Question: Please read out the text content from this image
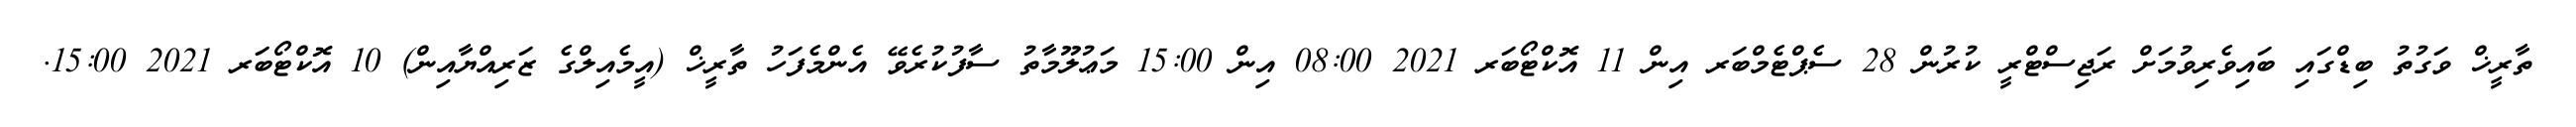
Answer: ތާރީޚް ވަގުތު ބިޑްގައި ބައިވެރިވުމަށް ރަޖިސްޓްރީ ކުރުން 28 ސެޕްޓެމްބަރ އިން 11 އޮކްޓޯބަރ 2021 08:00 އިން 15:00 މަޢުލޫމާތު ސާފުކުރެވޭ އެންމެފަހު ތާރީޚް (އީމެއިލްގެ ޒަރިއްޔާއިން) 10 އޮކްޓޯބަރ 2021 15:00.